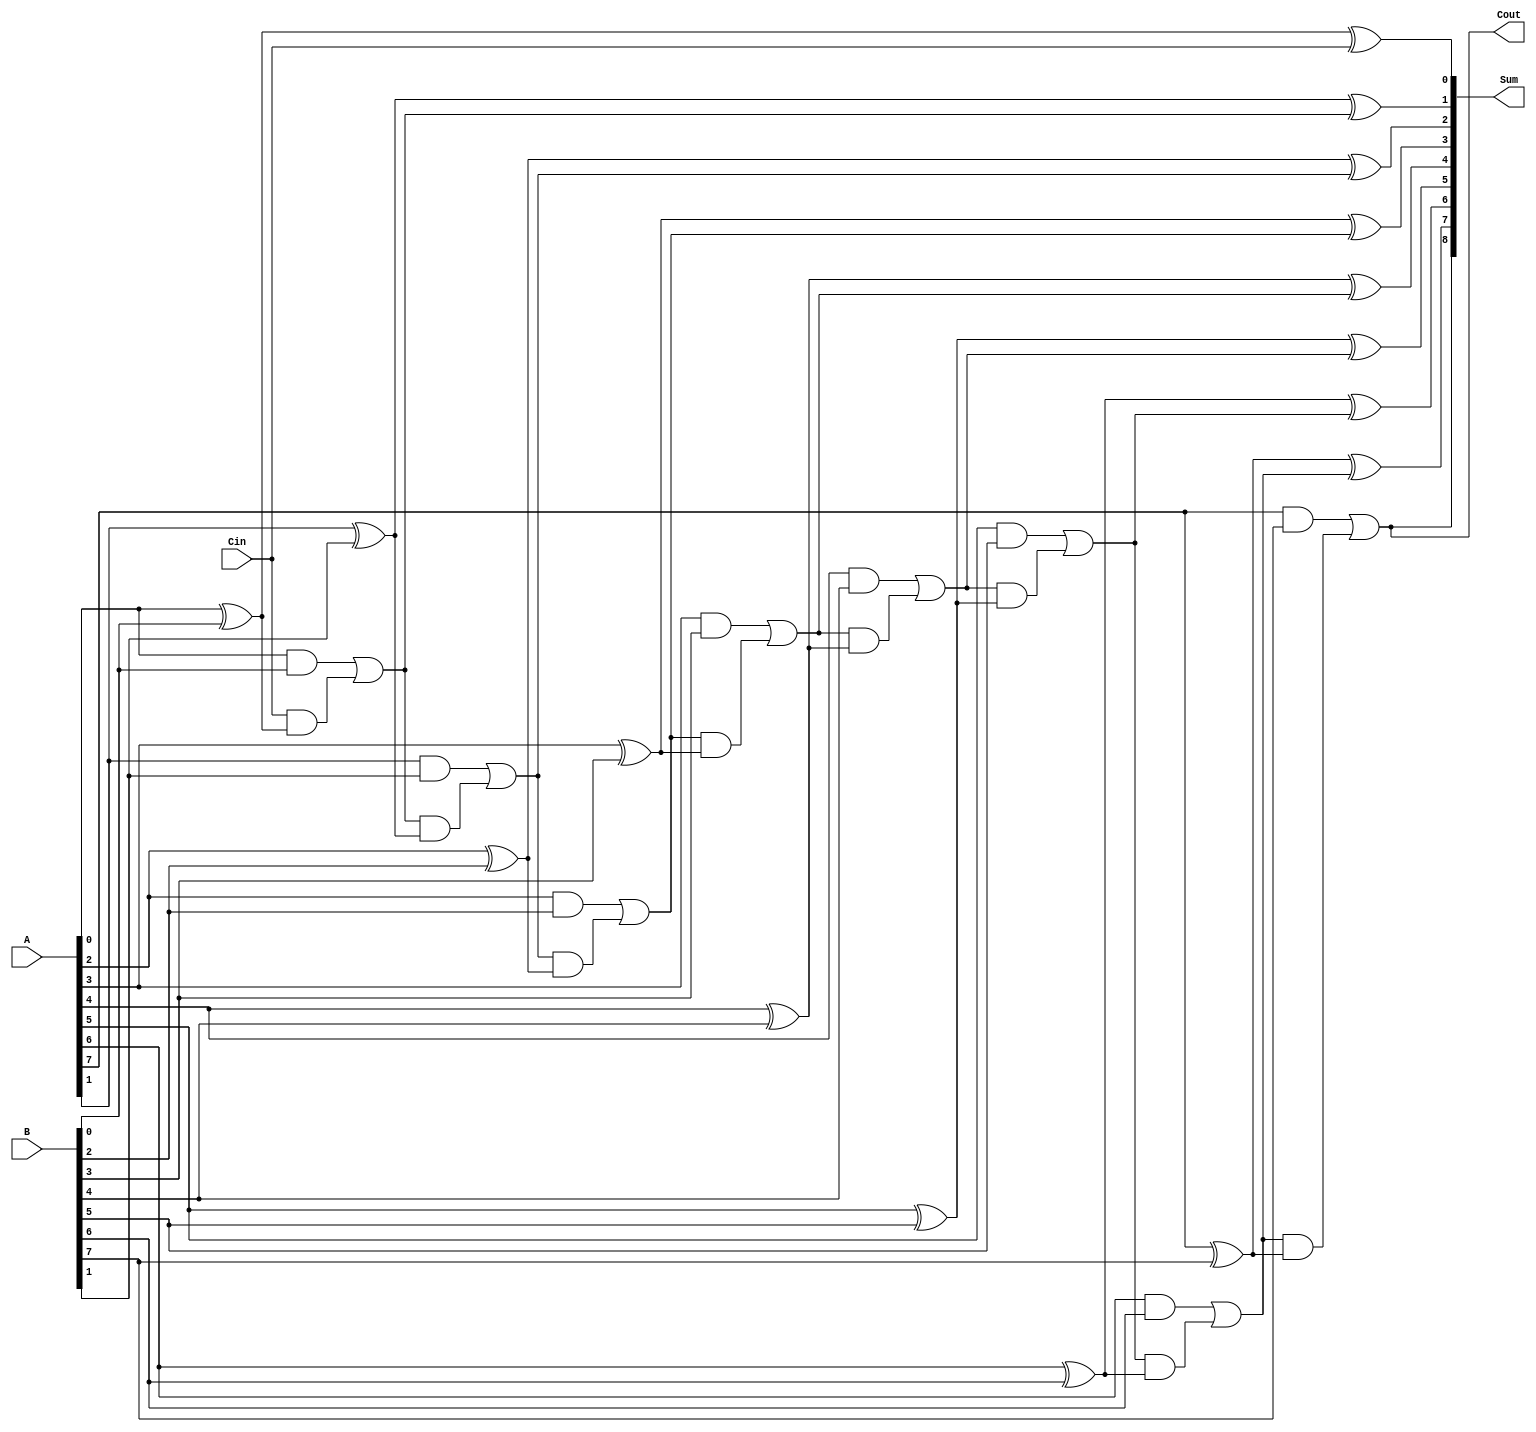
module tree_full_adder #(
    parameter N = 8 // Number of input bits (can be scaled)
) (
    input  [N-1:0] A, // First input
    input  [N-1:0] B, // Second input
    input  Cin,       // Carry-in input
    output [N:0] Sum, // Sum output (N+1 bits for possible carry out)
    output Cout       // Carry out output
);

// Internal wires for carries
wire [N-1:0] carry;

// Generate the first level of full adders
genvar i;
generate
    for (i = 0; i < N; i = i + 1) begin : full_adder_level1
        if (i == 0) begin
            assign Sum[i] = A[i] ^ B[i] ^ Cin; // Sum for first bit
            assign carry[i] = (A[i] & B[i]) | (Cin & (A[i] ^ B[i])); // Carry for first bit
        end else begin
            assign Sum[i] = A[i] ^ B[i] ^ carry[i-1]; // Sum for other bits
            assign carry[i] = (A[i] & B[i]) | (carry[i-1] & (A[i] ^ B[i])); // Carry for other bits
        end
    end
endgenerate

// Final sum
assign Sum[N] = carry[N-1]; // Carry out from the last bit addition
assign Cout = carry[N-1];   // Make Cout equal to the last carry out

endmodule